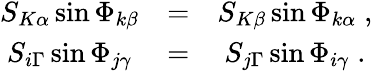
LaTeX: \begin{array}{ccc}{{S_{K\alpha}\sin\Phi_{k\beta}}}&{{=}}&{{S_{K\beta}\sin\Phi_{k\alpha}\; ,}}\\ {{S_{i\Gamma}\sin\Phi_{j\gamma}}}&{{=}}&{{S_{j\Gamma}\sin\Phi_{i\gamma}\; .}}\end{array}